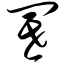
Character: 阍